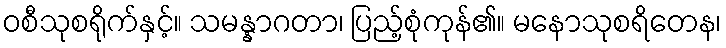
ဝစီသုစရိုက်နှင့်။ သမန္နာဂတာ၊ ပြည့်စုံကုန်၏။ မနောသုစရိတေန၊